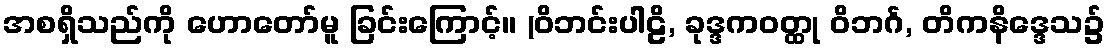
အစရှိသည်ကို ဟောတော်မူ ခြင်းကြောင့်။ (ဝိဘင်းပါဠိ, ခုဒ္ဒကဝတ္ထု ဝိဘင်္ဂ, တိကနိဒ္ဒေသ၌